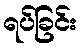
ရပ်ခြင်း